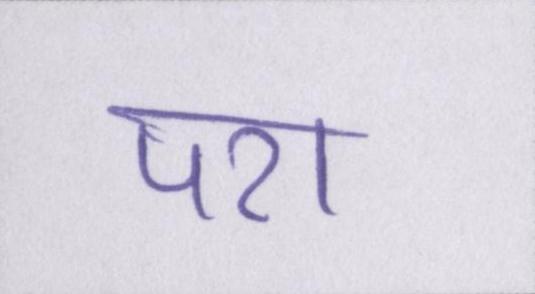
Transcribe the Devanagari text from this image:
पर।